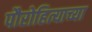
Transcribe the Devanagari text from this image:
पौरोहित्याच्या